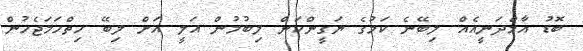
ބޮޑު އާމްދަނީއެއް ލިބޭނެ ކަމުގެ ޔަގީންކަން ލިބުމުން އަލީ އަށް ލިބޭ ހިތްހަމަޖެހުން